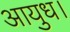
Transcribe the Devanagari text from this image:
आयुध।